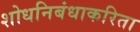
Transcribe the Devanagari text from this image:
शोधनिबंधाकरिता